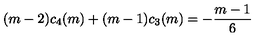
( m - 2 ) c _ { 4 } ( m ) + ( m - 1 ) c _ { 3 } ( m ) = - { \frac { m - 1 } { 6 } }